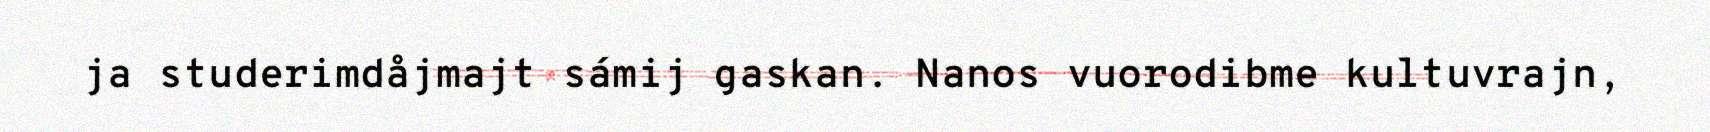
ja studerimdåjmajt sámij gaskan. Nanos vuorodibme kultuvrajn,